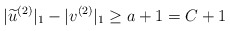
\begin{align*}|\widetilde{u}^{(2)}|_1 - |v^{(2)}|_1 \geq a + 1 = C + 1\end{align*}